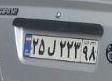
۲۵ل۲۲۳۹۸